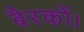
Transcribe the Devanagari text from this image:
बैरकों।